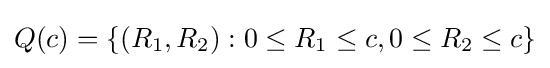
Q(c)=\{(R_{1},R_{2}):0\leq R_{1}\leq c,0\leq R_{2}\leq c\}